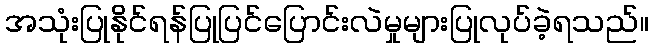
အသုံးပြုနိုင်ရန်ပြုပြင်ပြောင်းလဲမှုများပြုလုပ်ခဲ့ရသည်။